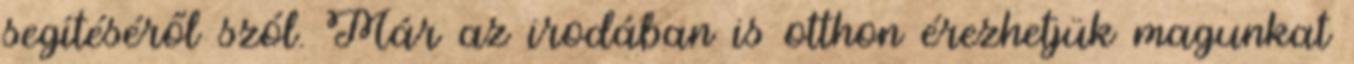
segítéséről szól. Már az irodában is otthon érezhetjük magunkat